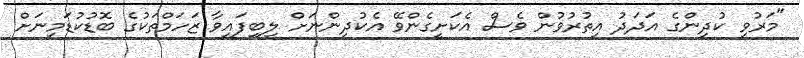
"މަރުވި ކުދިންގެ އަދަދު އިތުރުވުން ވެސް އެކަށީގެންވޭ އެކުދިންނަަށް ލިބިފައިވާ ޒަހަމްތަކުގެ ބޮޑުކުޑަމިނަށް